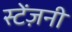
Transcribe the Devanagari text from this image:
स्टेंज़नी